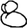
Digit: 8